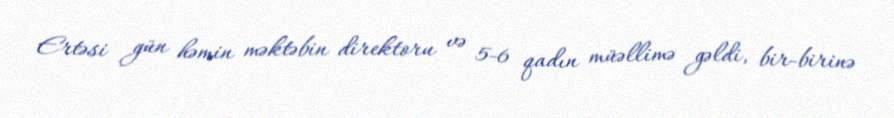
Ertəsi gün həmin məktəbin direktoru və 5-6 qadın müəllimə gəldi, bir-birinə